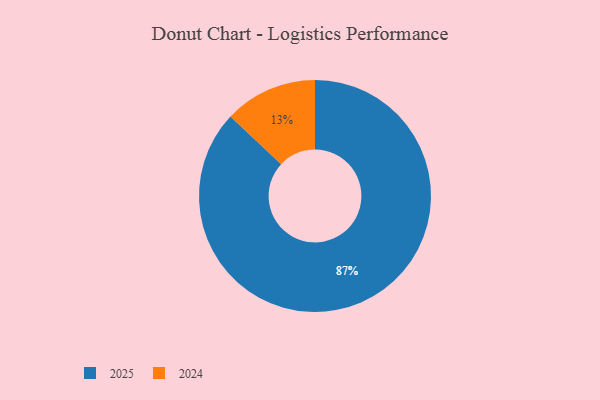
{"axis": {"x": "Category", "y": "Percentage"}, "legend": ["2024", "2025"], "data": [{"x": "2025", "y": 87, "type": "2025"}, {"x": "2024", "y": 13, "type": "2024"}]}